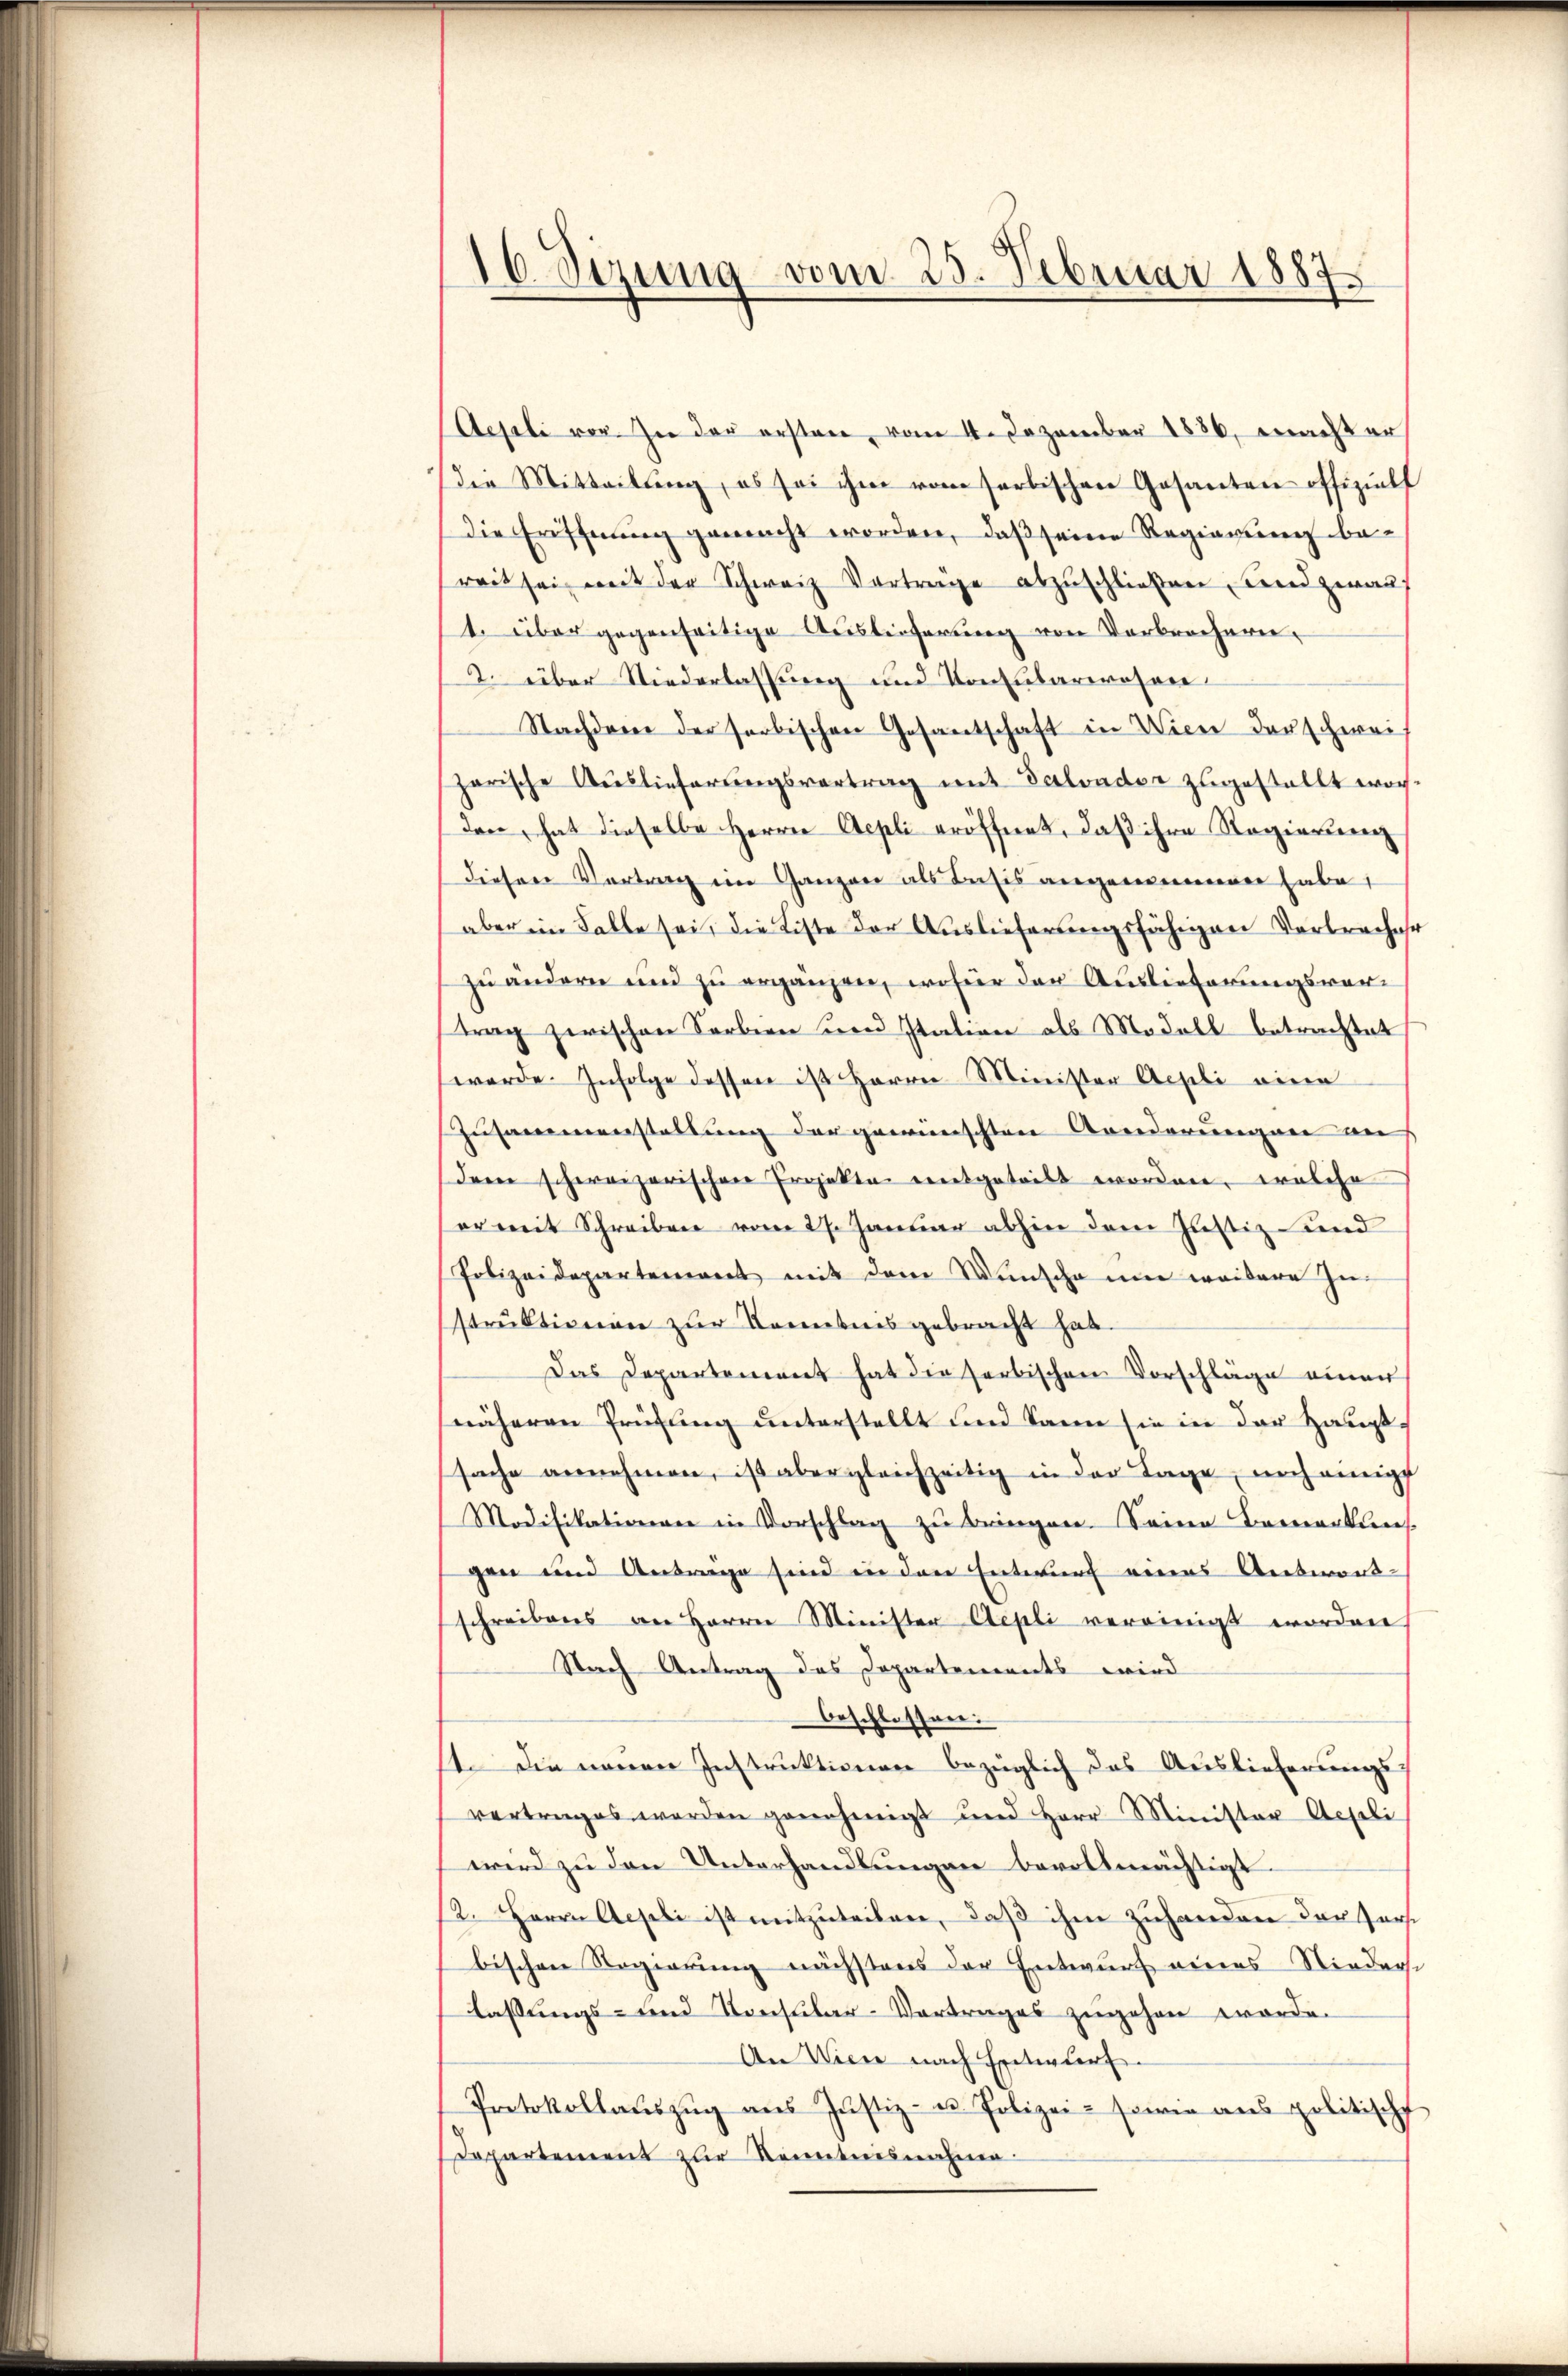
16. Sizung vom 25. Februar 1887

Aejeli vor. In der ersten vom 4. Dezember 1886, machter
die Mitteilŭng, es sei ihm vom herbischen Gesanten offiziell
die Eröffnung gemacht worden, daß seine Regierung bereit sei mit der Schweiz Vertrage abzŭschließen, und zwa
t. über gegenseitige Auslieferung von Verbrochern,
2. über Niederlassung und Konsulariosen
Nachdene der serbischen Gesantschaft in Wien darschwei
zarische Aŭslieferŭngsvertrag mit Salvader zugestellt worden, hat dieselbe Herrn Aepli eröffnet, daß ihre Regierung
dieser Vortrag ein Ganzen als Basis angenommenen habe,
aber im Falle sei, die Liste der Auslieferungsfähigen Verbrecher
zu ändern und zu ergänzen, wofür der Auslieferungsvor-
trag zwischen Sarbien und Itation als Modell betrachtet
werde. Infolge dessen ist Herren Minister Appli eine
Zusammenstaltung der gewünschten Anderungen an
(der schweizerischen Projekten entgeteilt worden, welche
er weit Schreiben vom 27. Januar abhin dem Justiz und
Polizeidepartement mit dem Wünsche um weitere In-
struktionen zur Kenntnis gebracht hat.
Das Departement hat die herbischen Vorschläge einer
näheren Prüfling unterstellt und kann sie in der Hauptsache annehmen, ist aber gleichzeitig in der Tage, noch einigt
Modifikationen in Vorschlag zu bringen. Seine Bemerkuns
gen und Antrage sind in den Entwurf eines Antwort-
schreibens an Herrn Minister Aepli vereinigt worden
Nach Antrag des Departements wird
beschlossen.
1. Die neuen Instruktionen bezüglich das Auslieferungsvertrages werden genehmigt und Herr Minister Aeseli
wird zu den Unterhandlungen bevollmächtigt.
2. Herrn Aeseli ist mitzuteilen, daß ihm zuhanden der Forst
bischen Regierung nächstens der Entwurf eines Niederse
laßungs- und Konsular-Vortrages zugehen worde.
An Wien nach Entwurf.
Protokollaŭszŭg aŭs Justiz- u. Polizei- sowie aus politische
Departement zur Kenntnisnahme.